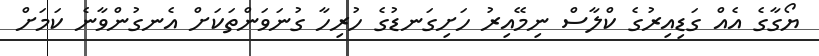
ޔޯގާގެ އެއް ގަޑިއިރުގެ ކްލާސް ނިމޭއިރު ހަށިގަނޑުގެ ހުރިހާ ގުނަވަންތަކަށް އެނގުންވާނެ ކަމަށް